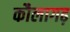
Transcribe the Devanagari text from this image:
कौलागढ़